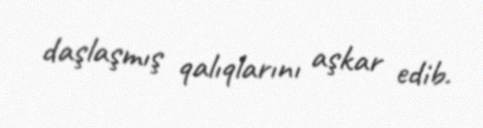
daşlaşmış qalıqlarını aşkar edib.